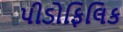
પીડોફિલિક